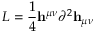
{ \cal L } = { \frac { 1 } { 4 } } { \bf h } ^ { \mu \nu } \partial ^ { 2 } { \bf h } _ { \mu \nu }